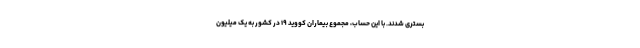
بستری شدند. با این حساب، مجموع بیماران کووید ۱۹ در کشور به یک میلیون